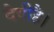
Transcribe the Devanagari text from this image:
देवीहै।